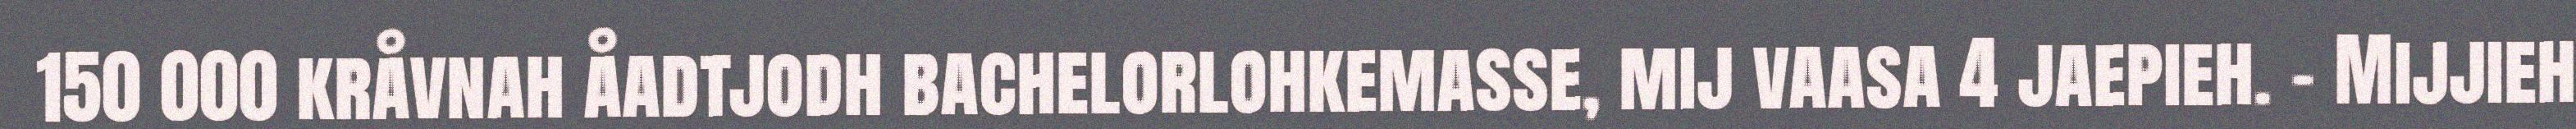
150 000 kråvnah åadtjodh bachelorlohkemasse, mij vaasa 4 jaepieh. – Mijjieh